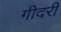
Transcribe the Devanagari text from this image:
गीदरी